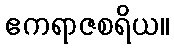
ဧကရာဇစရိယ။